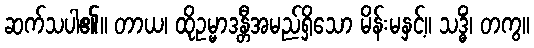
ဆက်သပါ၏။ တာယ၊ ထိုဥမ္မာဒန္တီအမည်ရှိသော မိန်းမနှင့်။ သဒ္ဓိံ၊ တကွ။